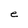
Character: e